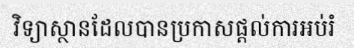
វិទ្យាស្ថានដែលបានប្រកាសផ្តល់ការអប់រំ